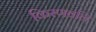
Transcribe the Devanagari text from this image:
किरणवलि